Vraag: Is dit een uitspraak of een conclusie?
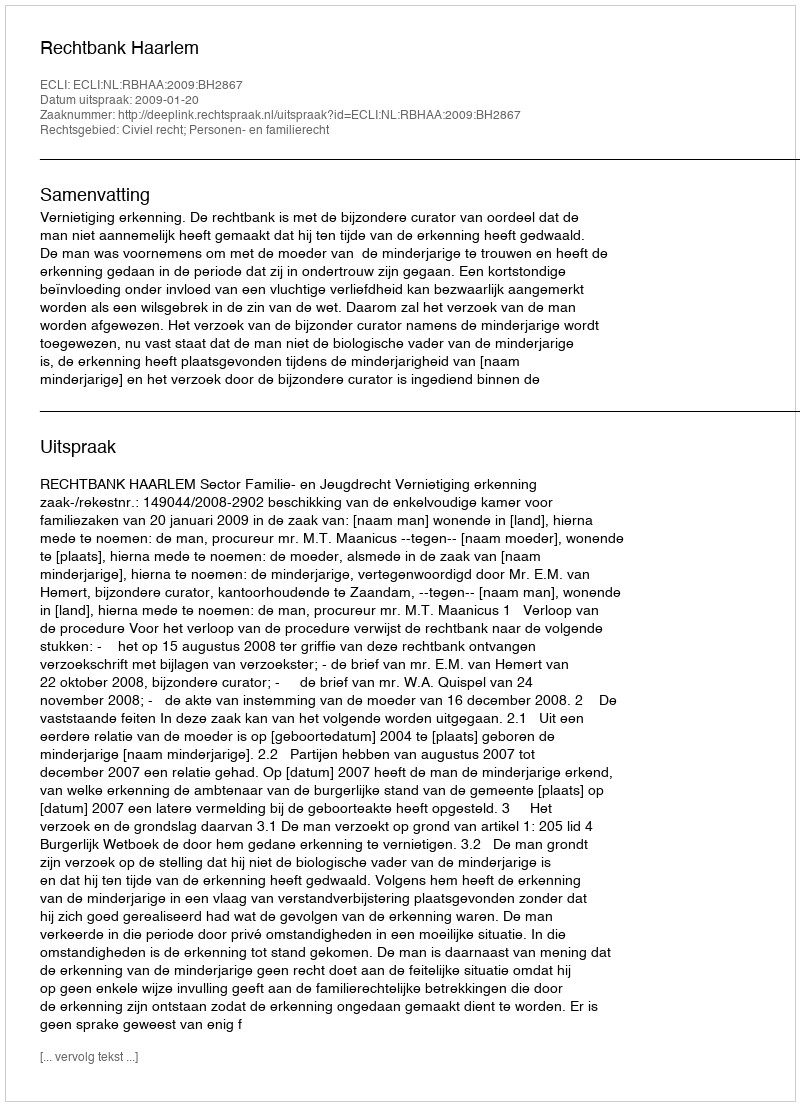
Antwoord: Uitspraak